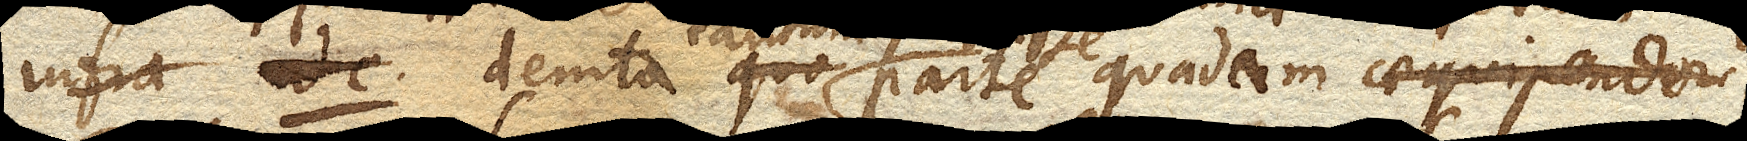
demta quo parte quadam